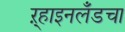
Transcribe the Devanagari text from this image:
ऱ्हाइनलँडचा